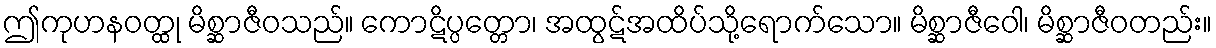
ဤကုဟနဝတ္ထု မိစ္ဆာဇီဝသည်။ ကောဋိပ္ပတ္တော၊ အထွဋ်အထိပ်သို့ရောက်သော။ မိစ္ဆာဇီဝေါ၊ မိစ္ဆာဇီဝတည်း။